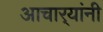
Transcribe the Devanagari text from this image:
आचार्‍यांनी